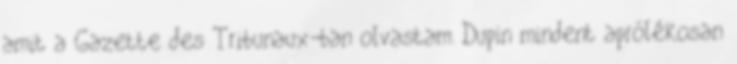
amit a Gazette des Tribunaux-ban olvastam. Dupin mindent aprólékosan